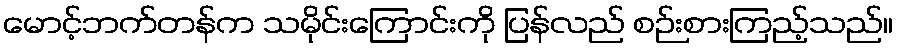
မောင့်ဘက်တန်က သမိုင်းကြောင်းကို ပြန်လည် စဉ်းစားကြည့်သည်။